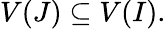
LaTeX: V(J)\subseteq V(I).